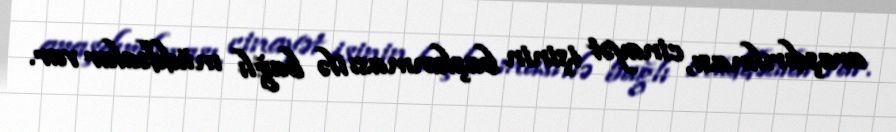
araşdırılması, cinayət işinin başlanması ilə bağlı müddəalar var.